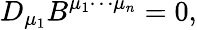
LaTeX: D_{\mu_{1}}B^{\mu_{1}\cdots\mu_{n}}=0,